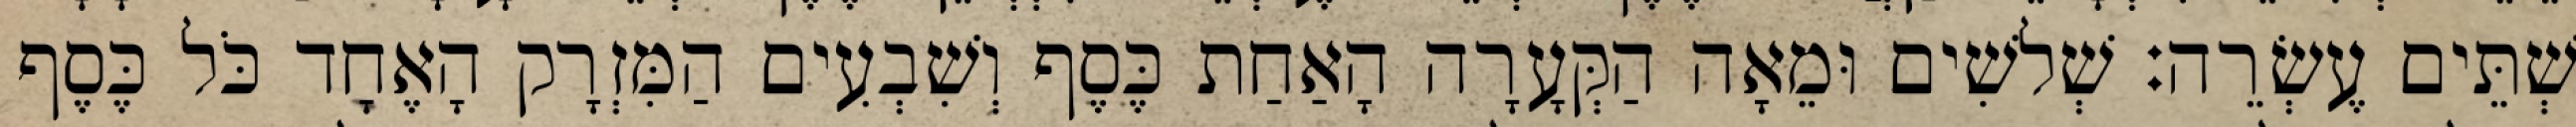
שְׁתֵּים עֶשְׂרֵה׃ שְׁלשִׁים וּמֵאָה הַקְּעָרָה הָאַחַת כֶּסֶף וְשִׁבְעִים הַמִּזְרָק הָאֶחָד כֹּל כֶּסֶף